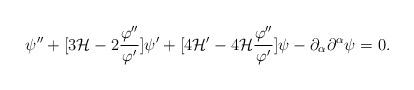
LaTeX: \begin{align*}\psi'' + [3 {\cal H} - 2 \frac{\varphi''}{\varphi'}] \psi' + [ 4 {\cal H}' - 4 {\cal H} \frac{\varphi''}{\varphi'}] \psi - \partial_{\alpha}\partial^{\alpha} \psi=0.\end{align*}